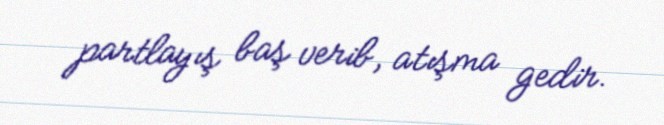
partlayış baş verib, atışma gedir.